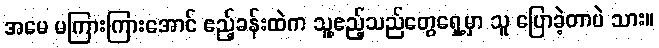
အမေ မကြားကြားအောင် ဧည့်ခန်းထဲက သူ့ဧည့်သည်တွေရှေ့မှာ သူ ပြောခဲ့တာပဲ သား။